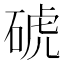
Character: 𥓚